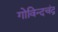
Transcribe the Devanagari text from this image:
गोविन्दचंद्र